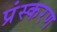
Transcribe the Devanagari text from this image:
प्रंस्करण